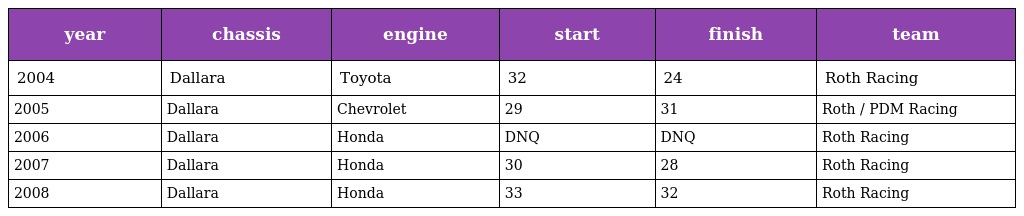
| year | chassis | engine | start | finish | team |
 | --- | --- | --- | --- | --- | --- |
 | 2004 | Dallara | Toyota | 32 | 24 | Roth Racing |
 | 2005 | Dallara | Chevrolet | 29 | 31 | Roth / PDM Racing |
 | 2006 | Dallara | Honda | DNQ | DNQ | Roth Racing |
 | 2007 | Dallara | Honda | 30 | 28 | Roth Racing |
 | 2008 | Dallara | Honda | 33 | 32 | Roth Racing |